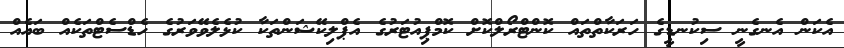
އެކަން އެނގެނީ ސިކުނޑީގެ ހަރަކާތްތައް ކޮންޓްރޯލްކޮށް ކޮމްޕިއުޓަރުގެ އެޕްލިކޭޝަންތަކާ ކުޅެލެވޭވަރުގެ ހެޑްސެޓްތަކެއް ބައެއް